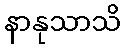
နာနုသာသိ